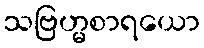
သဗြဟ္မစာရယော